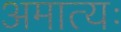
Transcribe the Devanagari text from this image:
अमात्यः